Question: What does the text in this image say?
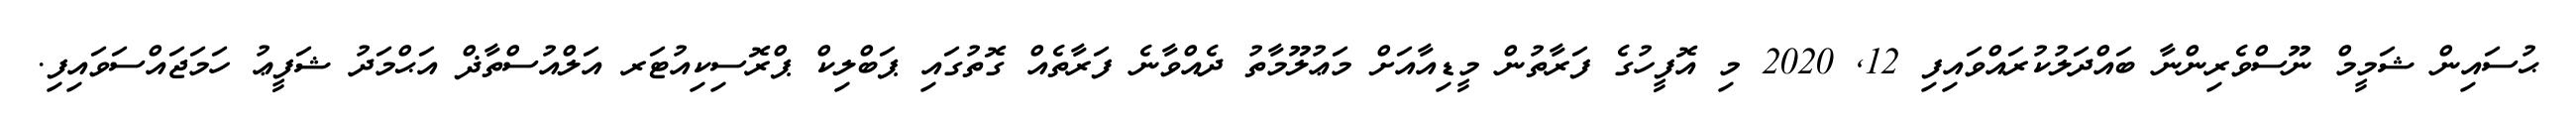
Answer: ޙުސައިން ޝަމީމް ނޫސްވެރިންނާ ބައްދަލުކުރައްވައިފި 12, 2020 މި އޮފީހުގެ ފަރާތުން މީޑިއާއަށް މަޢުލޫމާތު ދެއްވާނެ ފަރާތެއް ގޮތުގައި ޕަބްލިކް ޕްރޮސިކިއުޓަރ އަލްއުސްތާޛް އަޙްމަދު ޝަފީޢު ހަމަޖައްސަވައިފި.